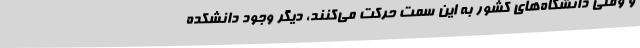
و وقتی دانشگاه‌های کشور به این سمت حرکت می‌کنند، دیگر وجود دانشکده